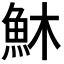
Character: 𩵦